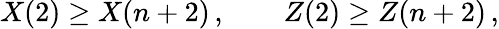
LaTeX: X(2)\geq X(n+2)\, ,\quad\quad Z(2)\geq Z(n+2)\, ,